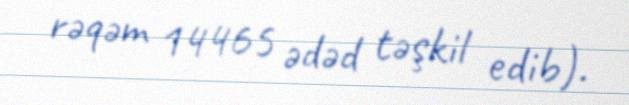
rəqəm 14465 ədəd təşkil edib).